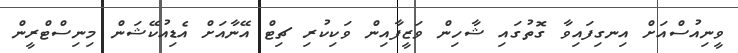
ވީނިއުސްއަށް އިނގިފައިވާ ގޮތުގައި ޝާހިން ވަޒީފާއިން ވަކިކުރި ޗިޓް އޭނާއަށް އެޑިއުކޭޝަން މިނިސްޓްރީން